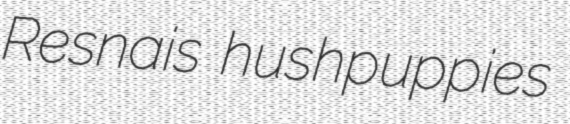
Resnais hushpuppies